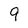
Character: 9